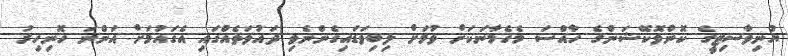
ޔުނިވާސިޓީގެ ކޮންވޮކޭޝަންގެ ހާއްސަ މެހެމާނަކަށް ވުމަށް ލިބިވަޑައިގެންނެވި ދައުވަތެއްގައި އެގައުމަށް އަންނަ ހޮނިހިރު